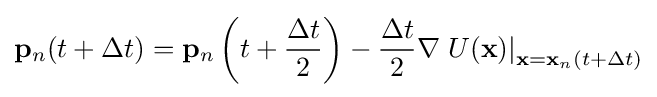
\mathbf {p} _{n}(t+\Delta t)=\mathbf {p} _{n}\left(t+{\dfrac {\Delta t}{2}}\right)-{\dfrac {\Delta t}{2}}\nabla \left.U(\mathbf {x} )\right|_{\mathbf {x} =\mathbf {x} _{n}(t+\Delta t)}